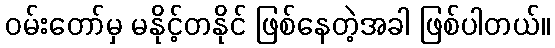
ဝမ်းတော်မှ မနိုင့်တနိုင် ဖြစ်နေတဲ့အခါ ဖြစ်ပါတယ်။